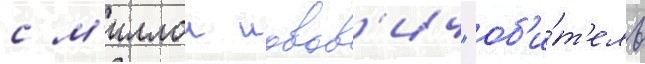
с м'иллои иовов'ич "об'и́т'ель